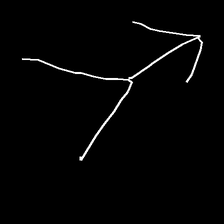
Glyph: gather